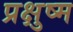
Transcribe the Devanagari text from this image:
प्रक्षुष्म